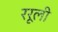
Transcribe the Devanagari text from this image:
ररूली